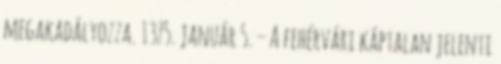
megakadályozza. 1375. január 5. – A fehérvári káptalan jelenti